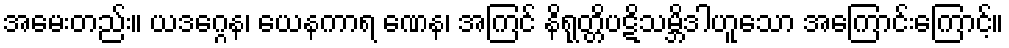
အမေးတည်း။ ယဒဂ္ဂေန၊ ယေနကာရ ဏေန၊ အကြင် နိရုတ္တိပဋိသမ္ဘိဒါဟူသော အကြောင်းကြောင့်။